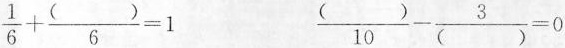
$$\frac{1}{6}+ \frac{()}{6}=1$$ $$\frac{()}{10}- \frac{3}{()}=0$$